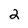
Character: 2